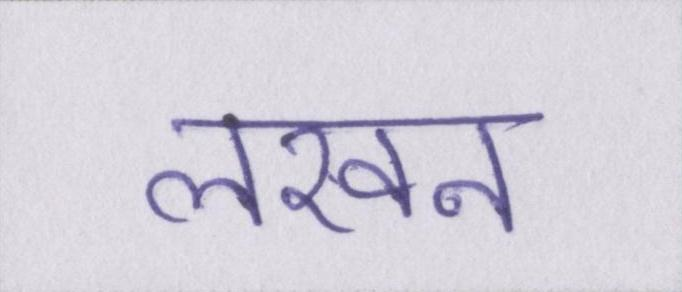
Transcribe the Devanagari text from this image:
लखन